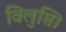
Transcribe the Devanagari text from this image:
विलुप्ति।